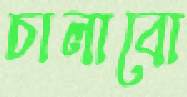
চালাবো